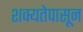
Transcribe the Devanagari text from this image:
शक्यतेपासून